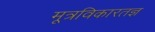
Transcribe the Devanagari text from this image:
मूत्रविकारतज्ञ